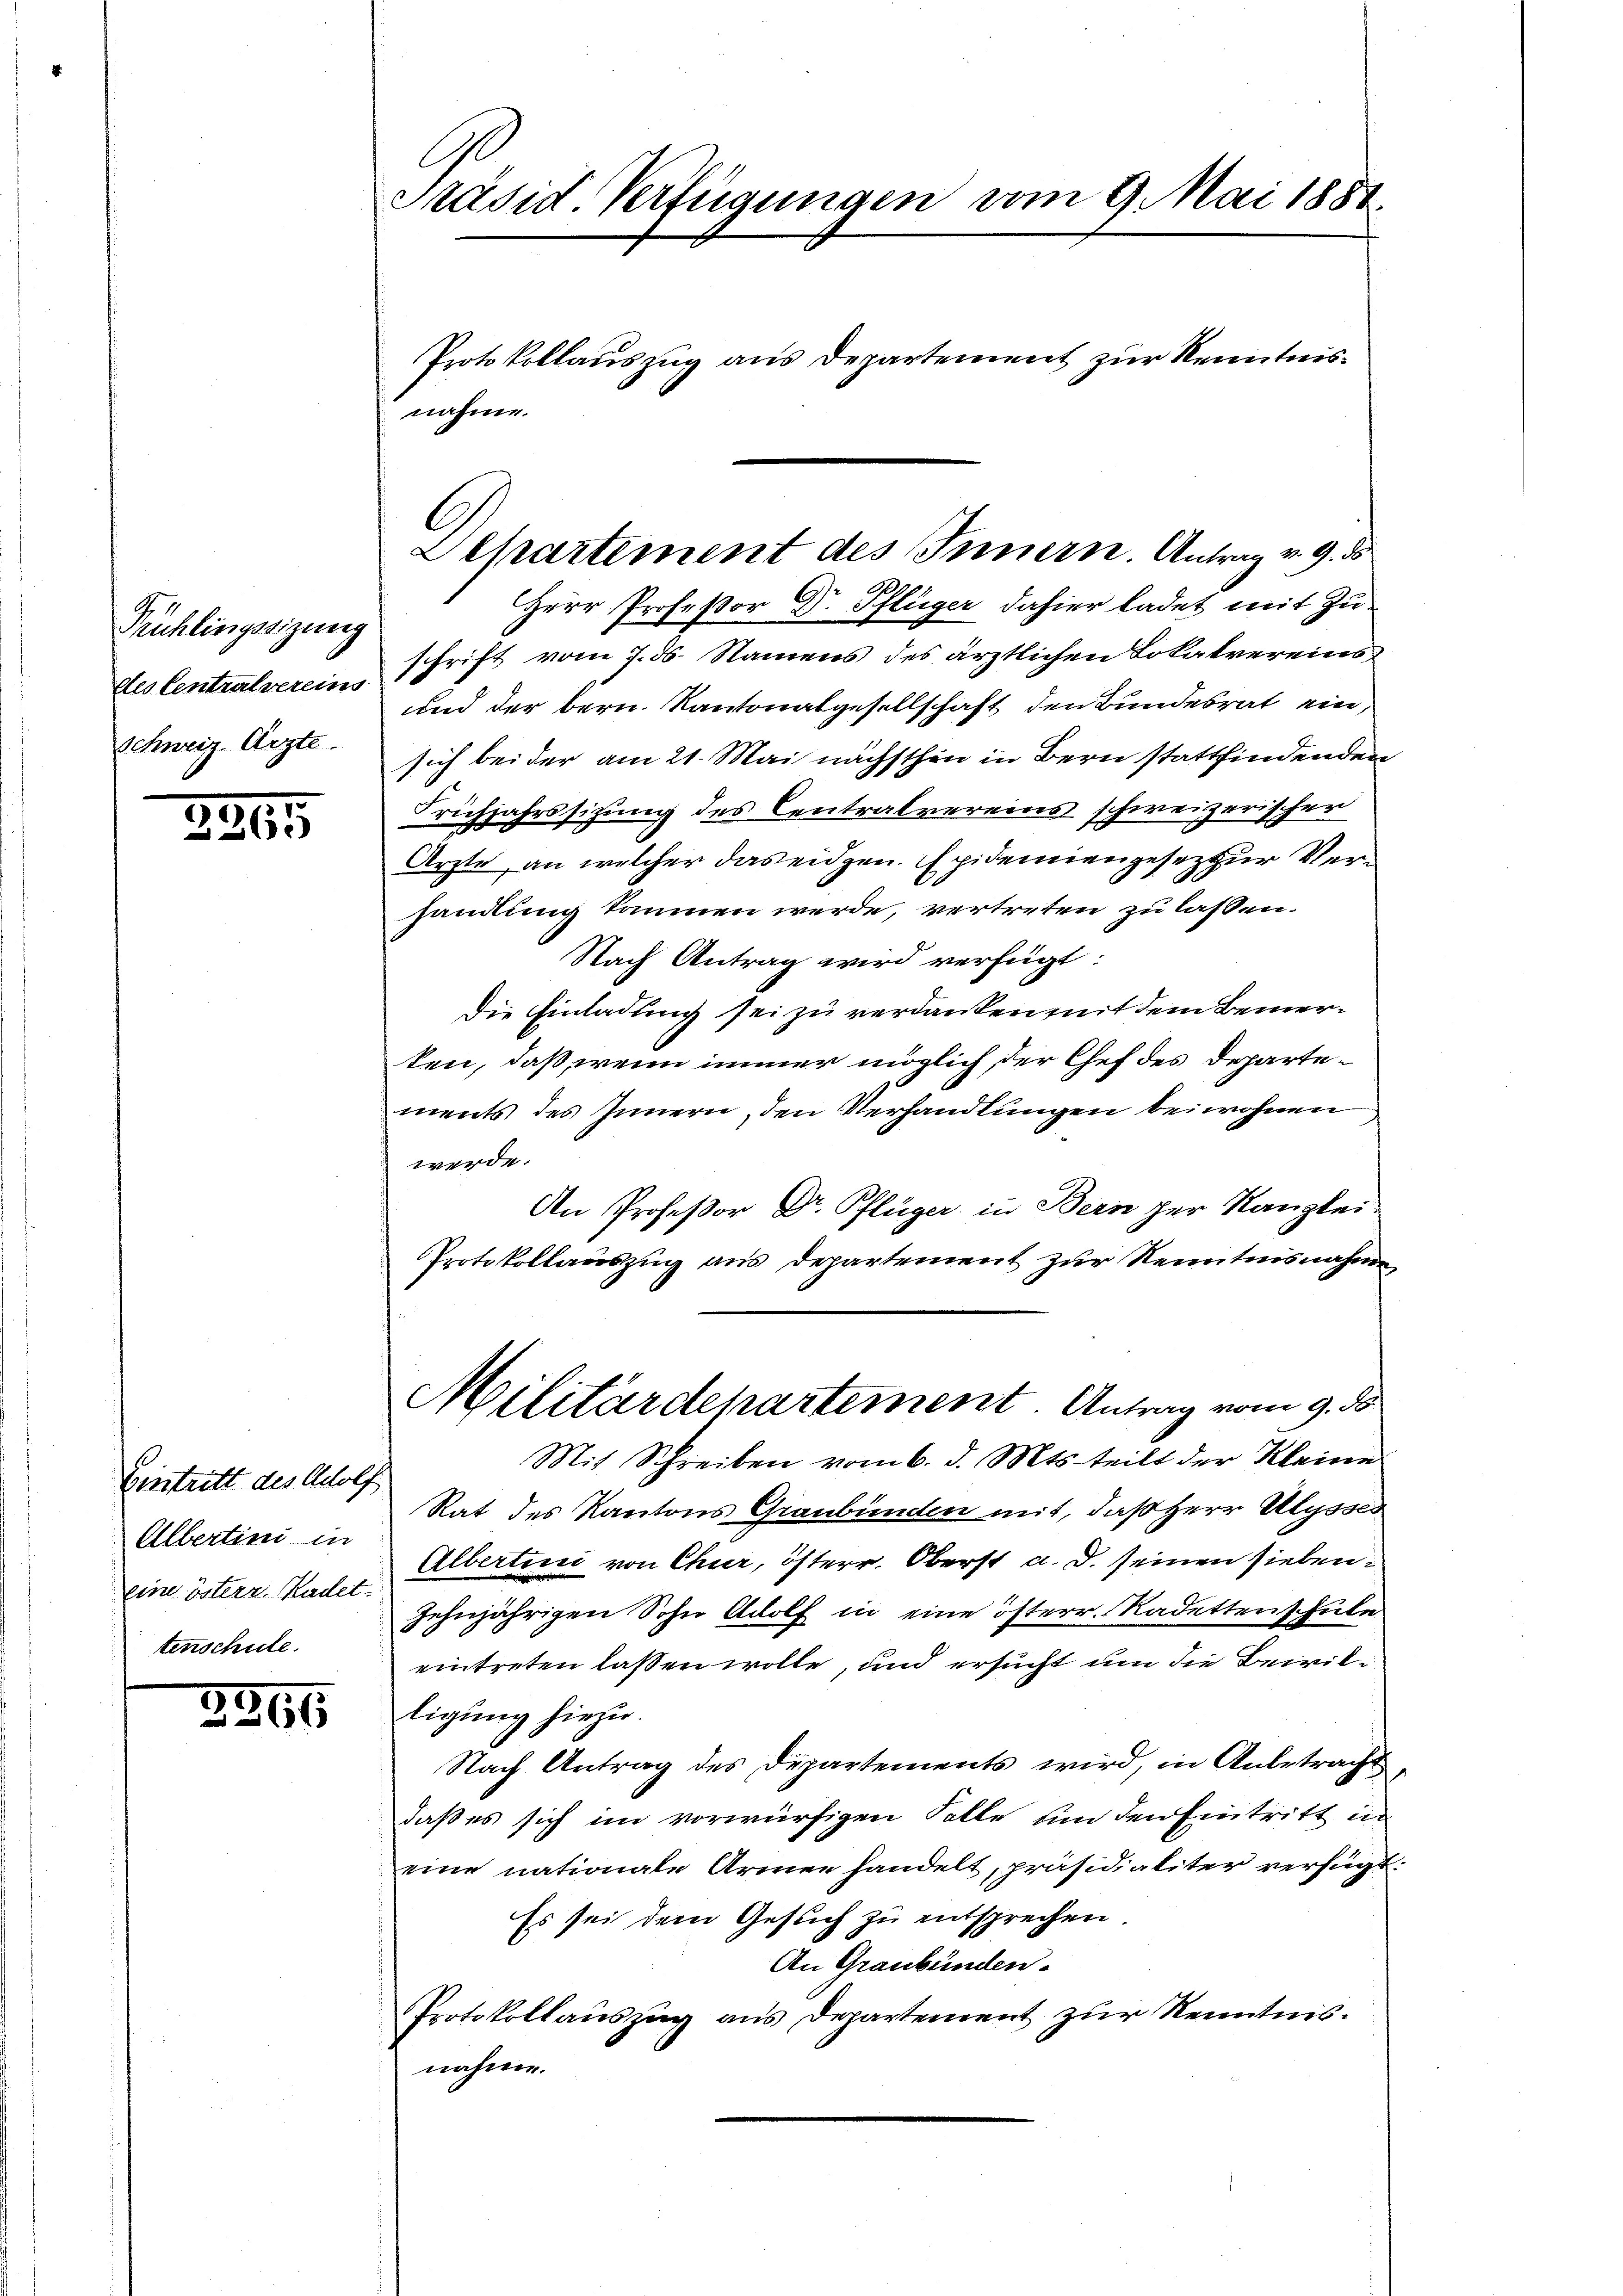
Rüchlingssizung
des Centralvereins
Schweiz. Arzte.

2265

Eintritt des Adolf
Albertini in
tenschule.

2965

Präsid. Verfügungen vom 9. Mai 1881.

Protokollauszug aus Departement zur Kenntnisnahme.
A
Herr Profeßor Dr. Pflüger dahier ladet mit Zuschrift vom 7. ds. Namens des ärztlichen Lokalvereins
und der bern. Kantonalgesellschaft den Bundesrat ein
sich beider am 21. Mai nächsthin in Bern stattfindenden
rühjahrssizung des Centralvereins schweizerischer
Ärzte, an welcher das eidgen. Epidemiengesez zur Verhandlung kommen werde, vertreten zu lassen.
Nach Antrag wird verfügt:
Die Einladung sei zu verdanken mit dem Bemerken, daß, wenn immer möglich der Chef des Departements des Innern, den Verhandlungen beiwohnen
werde.
An Profeßor Dr. Pflüger in Bern zur Kanzlei-
Protokollauszug aus Departement zur Kenntnisnahme
Militärdepartement. Antrag vom 9. d
Mit Schreiben vom 6. d. Mts. teilt der Kleine
Rat des Kantons Graubünden mit, daß Herr Ulysses
Albertini von Chur, österr. Oberst a. d. seinen siebeneine österr. Kadel. zehnjährigen Sohn Adolf in eine österr. Radettenschule
eintreten lassen wolle, und ersucht um die Beiviltigung hiezu.
Nach Antrag des Departements wird, in Anbetracht
daß es sich im vorwürfigen Falle und den Eintritt in
eine nationale Armen handelt, präsidialiter verfügt:
Es sei dem Gesuch zu entsprechen.
An Graubünden.
Protokollauszug aus Departement zur Kenntnis.
nahme.

Departement des Innern. Antrag v. 9. ds